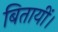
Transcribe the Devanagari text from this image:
बितायीं।